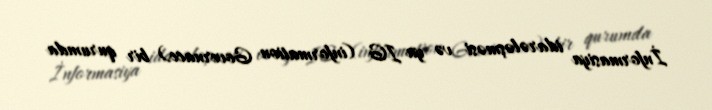
İnformasiya idarələşməsi və ya IG (information Governace) bir qurumda